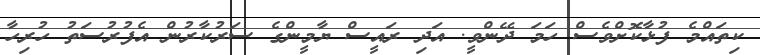
ކިތައްމެ ފުޅާކޮށްވެސް ހަމަ ދޭންވީ. އަދި ރައީސް ޔާމީންގެ ސަރުކާރުން އެފުރުސަތު ހުރިހާ